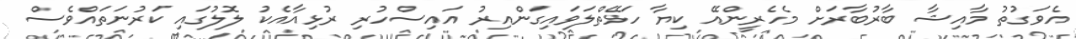
އެވަގުތު މާއިޝާ ބާރުބާރަށް މެހެރީންއޭ ކިޔާ ހަޅޭތްލަވައިގަންއިރު އައިސްހުރި ރުޅިއާއެކު ލޮލުގައި ކަރުނަތައްވެސް